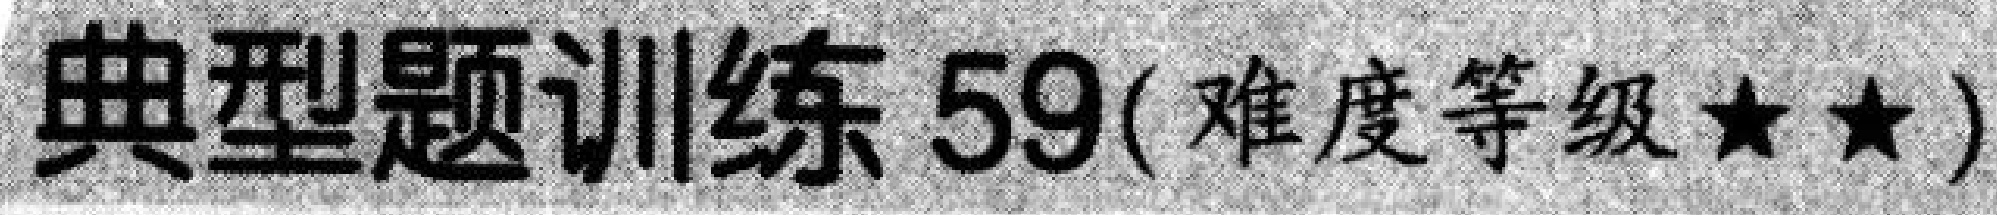
典型题训练 59(难度等级★★)